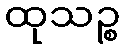
ထုသဉ္စ